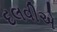
દલવીએ